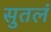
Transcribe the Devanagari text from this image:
सुतलं